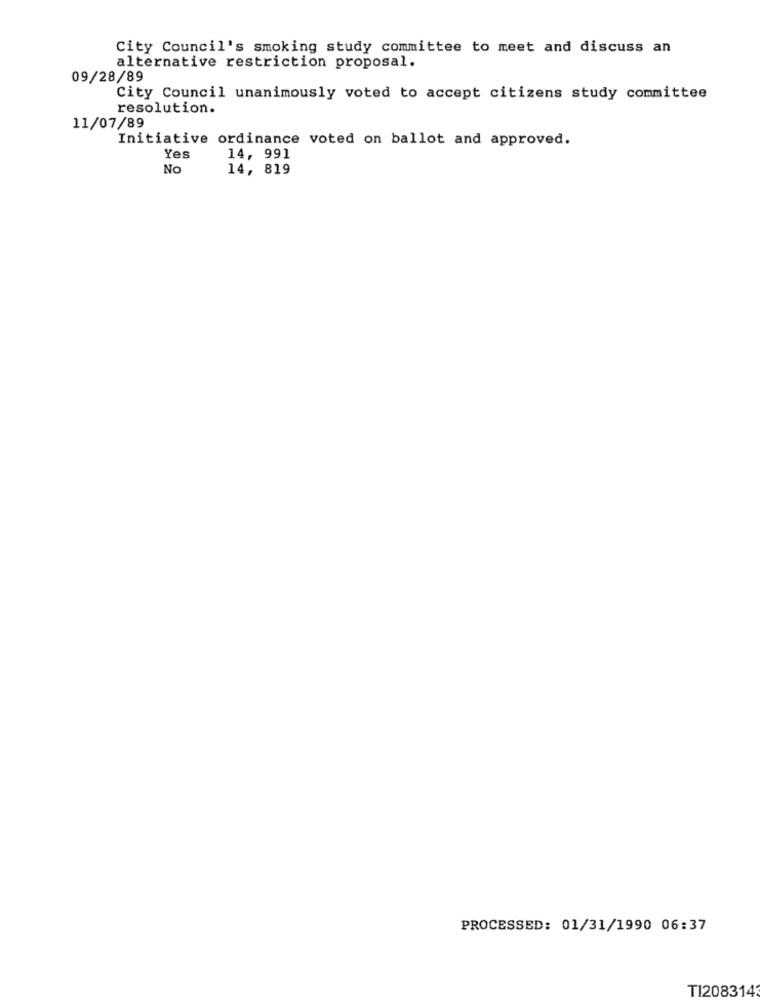
City Council's smoking study committee to meet and discuss an
alternative restriction proposal.
09/28/89
City Council unanimously voted to accept citizens study committee
resolution.
11/07/89
Initiative ordinance voted on ballot and approved.
Yes
14, 991
No
14, 819
PROCESSED: 01/31/1990 06:37
TI2083143